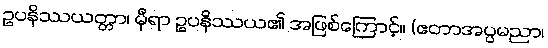
ဥပနိဿယတ္တာ၊ မှီရာ ဥပနိဿယ၏ အဖြစ်ကြောင့်။ (ဧတာအပ္ပမညာ၊